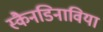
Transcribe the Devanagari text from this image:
स्कैनडिनाविया